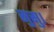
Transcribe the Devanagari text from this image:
सुसु।